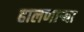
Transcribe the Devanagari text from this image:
हालणार्‍या